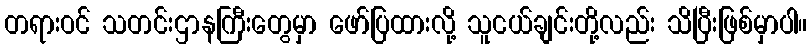
တရားဝင် သတင်းဌာနကြီးတွေမှာ ဖော်ပြထားလို့ သူငယ်ချင်းတို့လည်း သိပြီးဖြစ်မှာပါ။